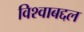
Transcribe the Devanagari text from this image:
विश्वाबद्दल